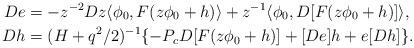
LaTeX: \begin{align*}De &= -z^{-2}Dz\langle \phi_0,F(z\phi_0+h)\rangle + z^{-1}\langle \phi_0, D[F(z\phi_0+h)]\rangle, \\Dh &= (H+q^2/2)^{-1}\{-P_c D[F(z\phi_0+h)]+[De]h + e[Dh]\}. \end{align*}